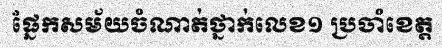
ផ្នែកសម័យចំណាត់ថ្នាក់លេខ១ ប្រចាំខេត្ត